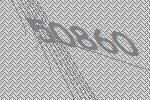
50860